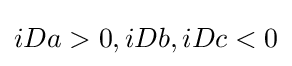
iDa>0,iDb,iDc<0